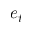
e _ { t }